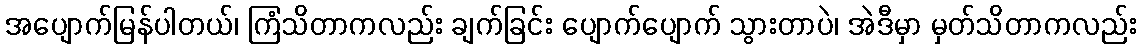
အပျောက်မြန်ပါတယ်၊ ကြံသိတာကလည်း ချက်ခြင်း ပျောက်ပျောက် သွားတာပဲ၊ အဲဒီမှာ မှတ်သိတာကလည်း